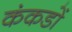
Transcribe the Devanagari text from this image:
कंकडों